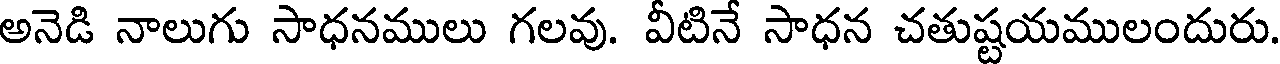
అనెడి నాలుగు సాధనములు గలవు. వీటినే సాధన చతుష్టయములందురు.